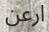
ارعن